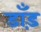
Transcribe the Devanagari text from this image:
डाँड़